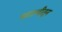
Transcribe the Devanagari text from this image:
भाजणीतून